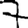
Digit: 7